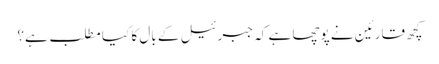
کچھ قارئین نے پوچھا ہے کہ جبرئیل کے بال کا کیا مطلب ہے؟